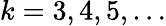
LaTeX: k=3,4,5,\ldots